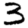
Digit: 3